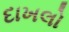
દાખલો